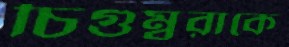
চিগুম্বুরাকে